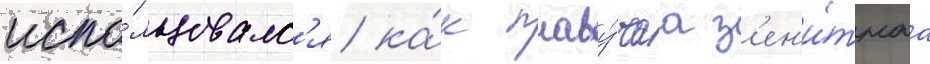
испо́льзовалс'я ка́к плаву́чаа з'ен'и́тнаа